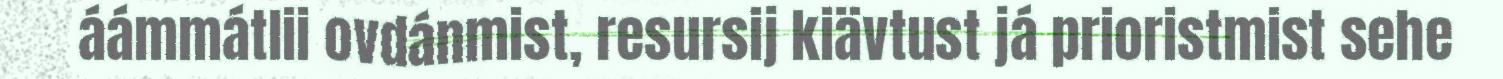
áámmátlii ovdánmist, resursij kiävtust já prioristmist sehe